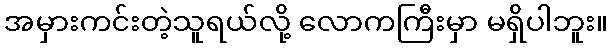
အမှားကင်းတဲ့သူရယ်လို့ လောကကြီးမှာ မရှိပါဘူး။